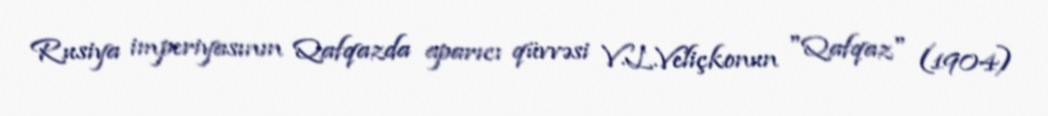
Rusiya imperiyasının Qafqazda aparıcı qüvvəsi V.L.Veliçkonun "Qafqaz" (1904)